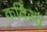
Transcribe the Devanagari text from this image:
कविस्तु